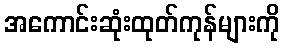
အကောင်းဆုံးထုတ်ကုန်များကို